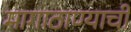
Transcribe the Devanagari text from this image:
मागाठाण्याची